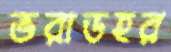
ভরাডহর